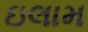
ઇલામ